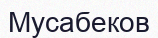
Мусабеков